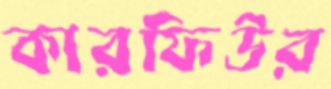
কারফিউর